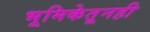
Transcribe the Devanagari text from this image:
भूमिकेतूनही